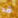
قد